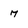
Character: 7